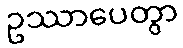
ဥဿာပေတွာ